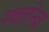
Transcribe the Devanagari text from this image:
स्वतंन्त्र